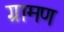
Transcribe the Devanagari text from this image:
ग्रामण